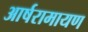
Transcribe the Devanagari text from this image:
आर्षरामायण